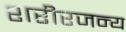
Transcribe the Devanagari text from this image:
शरीरजन्य